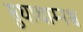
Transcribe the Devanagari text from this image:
सुधाधाम्नश्च